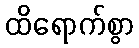
ထိရောက်စွာ